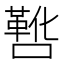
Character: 𫫸